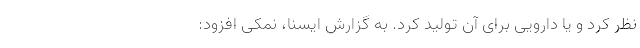
نظر کرد و یا دارویی برای آن تولید کرد. به گزارش ایسنا، نمکی افزود: